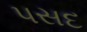
પસદ